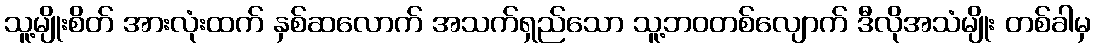
သူ့မျိုးစိတ် အားလုံးထက် နှစ်ဆလောက် အသက်ရှည်သော သူ့ဘဝတစ်လျောက် ဒီလိုအသံမျိုး တစ်ခါမှ